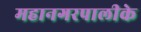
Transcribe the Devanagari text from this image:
महानगरपालीके